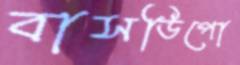
বাসডিপো